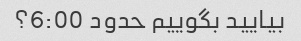
بیایید بگوییم حدود 6:00؟